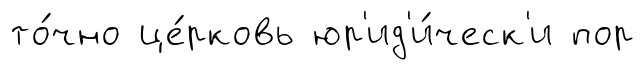
то́чно це́рковь юр'ид'и́ческ'и пор